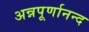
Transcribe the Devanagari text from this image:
अन्नपूर्णानन्द